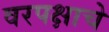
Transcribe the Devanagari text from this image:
वरपक्षाचे